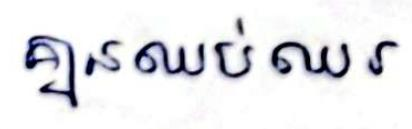
គ្មានឈប់ឈរ